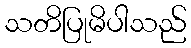
သတိပြုမိပါသည်